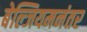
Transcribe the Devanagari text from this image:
बेल्जियमनंतर